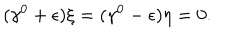
( \gamma ^ { 0 } + \epsilon ) \xi = ( \gamma ^ { 0 } - \epsilon ) \eta = 0 .